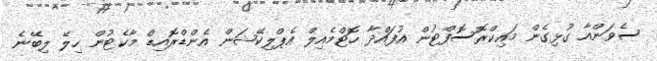
ސެވަންއާ ގުޅިގެން މައިކްރޮސޮފްޓުން އުފައްދާ ހޮޓްމެއިލް އެޕްލިކޭޝަން އެންޑްރޮއިޑް މާކެޓުން ހިލޭ ލިބޭނެ